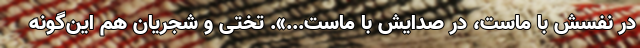
در نفسش با ماست، در صدایش با ماست...». تختی و شجریان هم این‌گونه